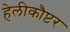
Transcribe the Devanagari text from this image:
हेलीकौप्टर